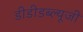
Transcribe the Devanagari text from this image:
डीडीडब्ल्यूजी